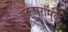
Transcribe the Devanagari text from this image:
अक्षरांमुळें